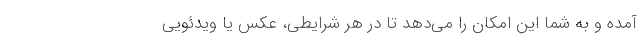
آمده و به شما این امکان را می‌دهد تا در هر شرایطی، عکس یا ویدئویی